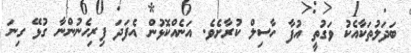
ބަދަލުތަކާއެކު ވަގުތީ އުފާ ހާސިލް ކުރާށެވެ. އަނެއްކޮޅުން އެފަދަ ފިރިހެނުންނާ ގުޅޭ ގިނަ